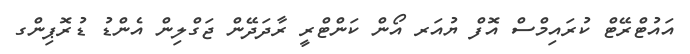
އައުޓްރޭޓް ކުރައިމްސް އޮފް ޔުއަރ އޯން ކަންޓްރީ ރާދަދޭން ޖަގްލިން އެންޑު ޑުރޮޕިންގ